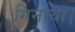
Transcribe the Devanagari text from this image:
गिनाया।